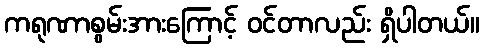
ကရုဏာစွမ်းအားကြောင့် ဝင်တာလည်း ရှိပါတယ်။